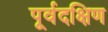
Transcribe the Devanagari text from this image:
पूर्वदक्षिण